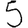
Digit: 5